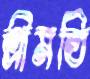
শ্রীমতি